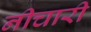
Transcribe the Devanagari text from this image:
नीचारी